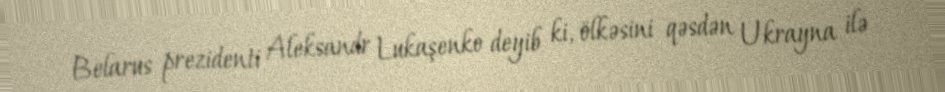
Belarus prezidenti Aleksandr Lukaşenko deyib ki, ölkəsini qəsdən Ukrayna ilə